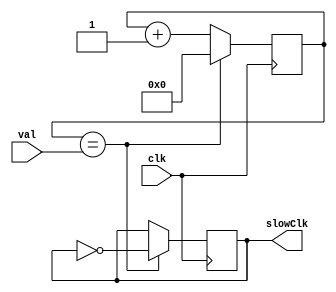
// converts a 50 MHz clock to a 4 MHz clock
module clk_div(clk, val, slowClk);
  input clk;
  input [31:0] val;
  output slowClk;
  
  reg [31:0] count;
  reg slowClk;
  
  initial begin
    slowClk = 0;
    count = 0;
  end
  
  always @(posedge clk) begin
    if(count == val) begin
      count <= 0;
      slowClk <= ~slowClk;
    end
    else begin
      count <= count + 1;
    end
  end
  
endmodule